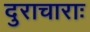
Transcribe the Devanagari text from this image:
दुराचाराः